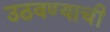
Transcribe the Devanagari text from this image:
उठवण्याची